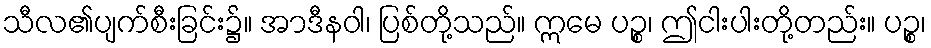
သီလ၏ပျက်စီးခြင်း၌။ အာဒီနဝါ၊ ပြစ်တို့သည်။ ဣမေ ပဉ္စ၊ ဤငါးပါးတို့တည်း။ ပဉ္စ၊